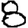
Digit: 8